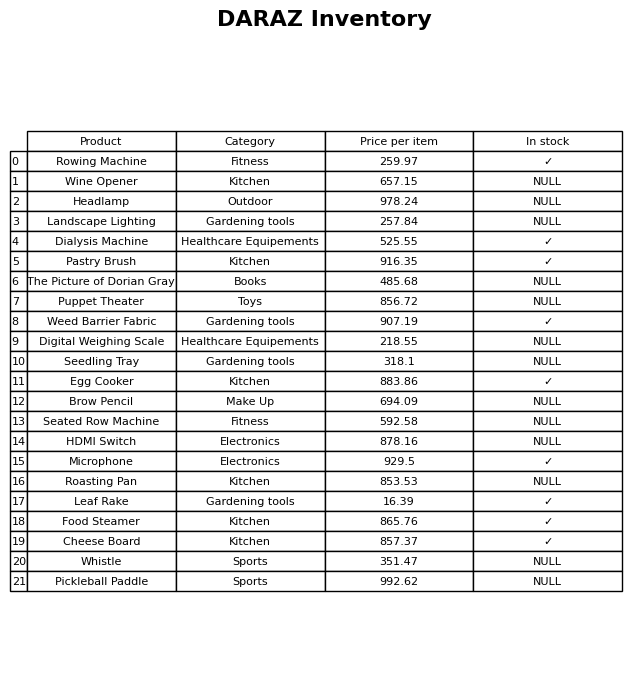
question: What is the price for Microphone?
answer: The price of Microphone is 929.5.